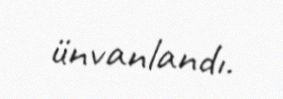
ünvanlandı.